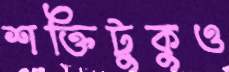
শক্তিটুকুও